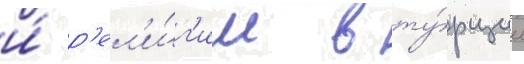
и́ р'ел'и́г'ии в ту́рции